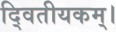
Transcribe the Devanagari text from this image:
दि्वतीयकम्।